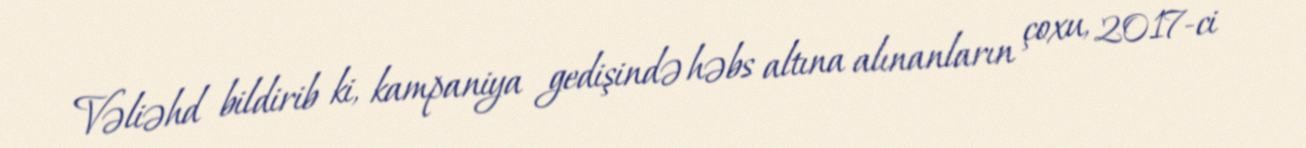
Vəliəhd bildirib ki, kampaniya gedişində həbs altına alınanların çoxu, 2017-ci